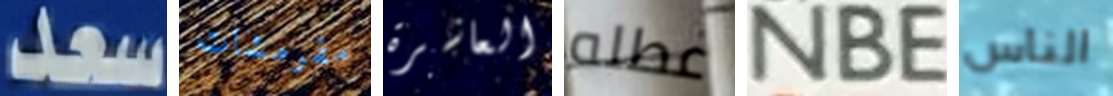
سعد مقرمشات العاشرة عطله NBE الناس